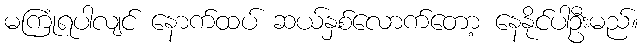
မကြုံရပါလျင် နောက်ထပ် ဆယ်နှစ်လောက်တော့ နေနိုင်ပါဦးမည်။